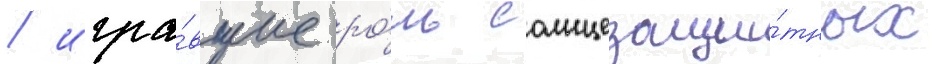
/ игра́вшие ро́ль солнцезащи́тных